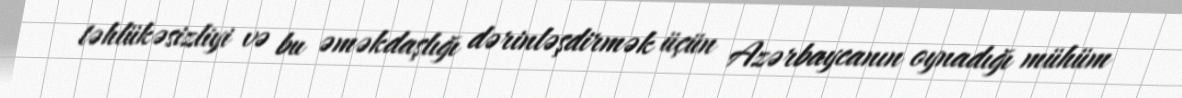
təhlükəsizliyi və bu əməkdaşlığı dərinləşdirmək üçün Azərbaycanın oynadığı mühüm